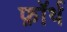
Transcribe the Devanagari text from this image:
फ़ाॅर्थ